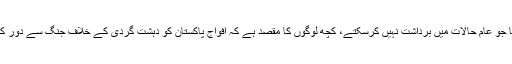
انہوں نے کہا کہ ہم نے وہ سب کچھ برداشت کیا جو عام حالات میں برداشت نہیں کرسکتے، کچھ لوگوں کا مقصد ہے کہ افواج پاکستان کو دہشت گردی کے خلاف جنگ سے دور کرکے عام نوعیت کے مسائل میں گھسیٹا جائے۔